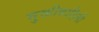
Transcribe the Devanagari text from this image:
मुक्तीबाहिनी